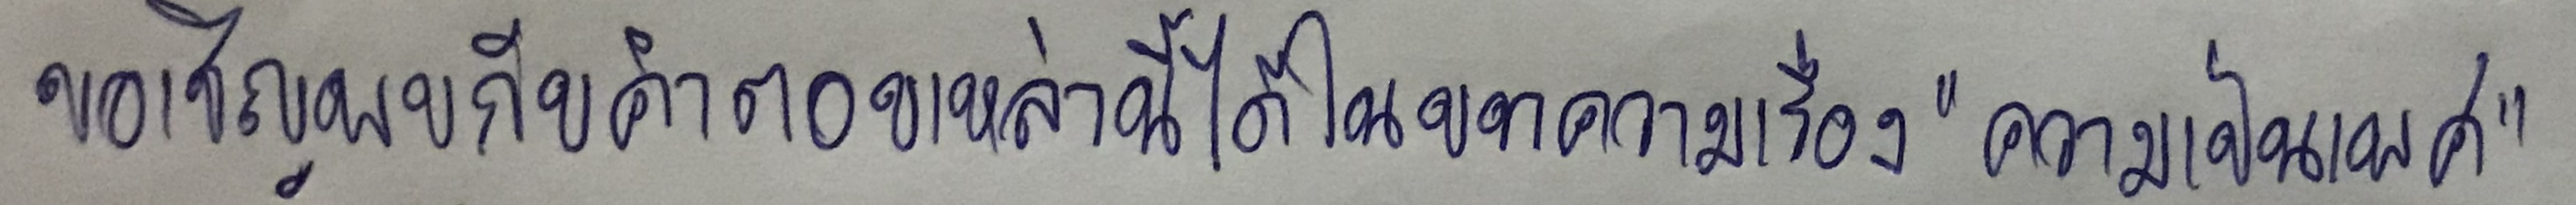
ขอเชิญพบกับคำตอบเหล่านี้ๆได้ในบทความเรื่อง"ความเป็นเพศ"